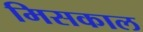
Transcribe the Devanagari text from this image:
मिसकाल